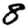
Digit: 8